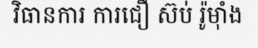
វិធានការ ការជឿ ស៊ប់ រ៉ូម៉ាំង